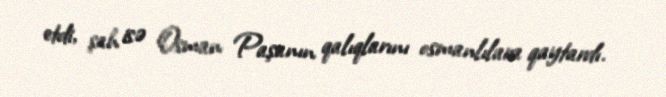
etdi, şah isə Osman Paşanın qalıqlarını osmanlılara qaytardı.